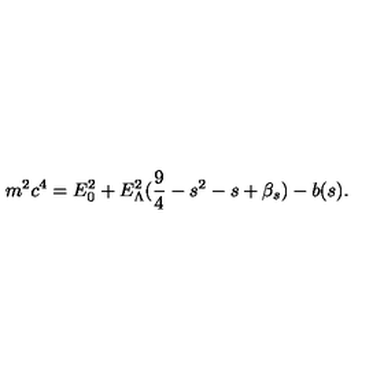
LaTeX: m ^ { 2 } c ^ { 4 } = E _ { 0 } ^ { 2 } + E _ { \Lambda } ^ { 2 } ( \frac { 9 } { 4 } - s ^ { 2 } - s + \beta _ { s } ) - b ( s ) .